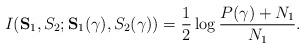
LaTeX: \begin{align*} I(\mathbf{S}_1,S_2;\mathbf{S}_1(\gamma),S_2(\gamma))=\frac{1}{2}\log\frac{P(\gamma)+N_1}{N_1}.\end{align*}